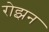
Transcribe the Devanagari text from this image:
रोझन